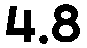
4.8